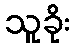
သူခိုး